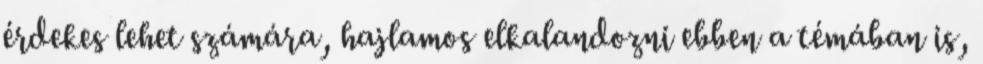
érdekes lehet számára, hajlamos elkalandozni ebben a témában is,